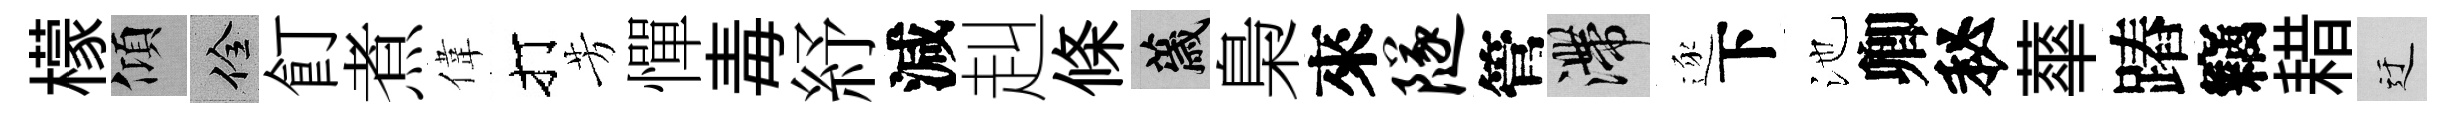
檬傾佺飣煮偉打芳憚毒紓減赳條薉梟來隧管滯逐下池卿秘蕐蹖竊耤迂